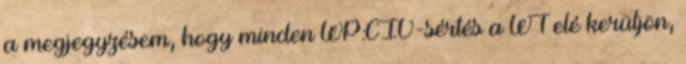
a megjegyzésem, hogy minden WP:CIV-sértés a WT elé kerüljön,